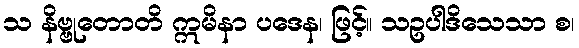
သ နိဗ္ဗုတောတိ ဣမိနာ ပဒေန၊ ဖြင့်။ သဥပါဒိသေသာ စ၊